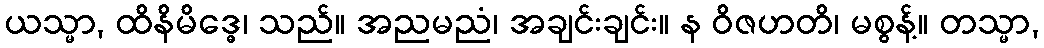
ယသ္မာ, ထိနိမိဒ္ဓေ၊ သည်။ အညမညံ၊ အချင်းချင်း။ န ဝိဇဟတိ၊ မစွန့်။ တသ္မာ,